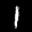
Label: 1